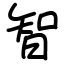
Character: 智